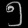
Digit: ၅